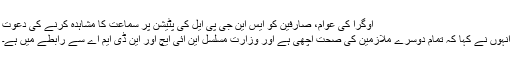
اوگرا کی عوام، صارفین کو ایس این جی پی ایل کی پٹیشن پر سماعت کا مشاہدہ کرنے کی دعوت
انہوں نے کہا کہ تمام دوسرے ملازمین کی صحت اچھی ہے اور وزارتِ مسلسل این آئی ایچ اور این ڈی ایم اے سے رابطے میں ہے۔